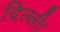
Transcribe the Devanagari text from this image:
दिल्लीा